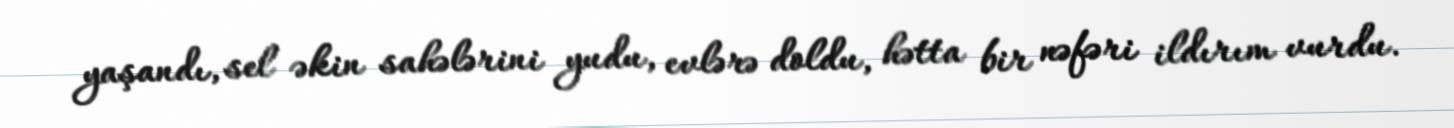
yaşandı, sel əkin sahələrini yudu, evlərə doldu, hətta bir nəfəri ildırım vurdu.